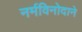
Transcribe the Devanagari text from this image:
नर्मविनोदाने